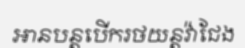
អានបន្តបើករថយន្តវ៉ាជែង